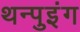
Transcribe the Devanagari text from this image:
थन्पुइंग